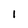
Character: 1